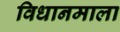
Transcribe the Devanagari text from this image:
विधानमाला